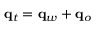
\mathbf { q } _ { t } = \mathbf { q } _ { w } + \mathbf { q } _ { o }